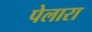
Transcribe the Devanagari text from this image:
पेलारा